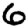
Digit: 6